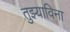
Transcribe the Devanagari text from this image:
तुझ्याविना